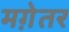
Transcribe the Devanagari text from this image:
मग़ेतर